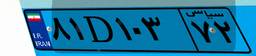
۸۱D۱۰۳۷۲